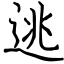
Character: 逃